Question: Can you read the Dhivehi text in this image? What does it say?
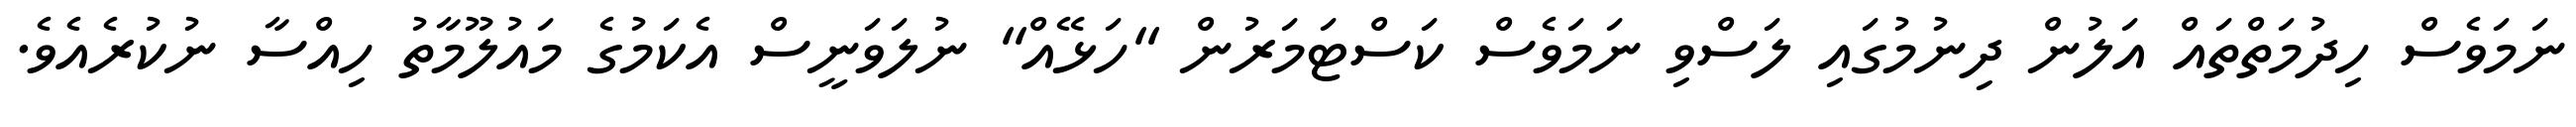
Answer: ނަމަވެސް ހިދުމަތްތައް އަލުން ދިނުމުގައި ލަސްވި ނަމަވެސް ކަސްޓަމަރުން "ހަޅޭއް" ނުލަވަނީސް އެކަމުގެ މައުލޫމާތު ހިއްސާ ނުކުރެއެވެ.